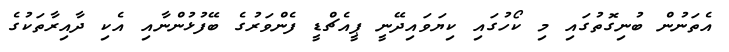
އެތަނުން ބުނިގޮތުގައި މި ކޯހުގައި ކިޔަވައިދޭނީ ޕީއެޗްޑީ ފެންވަރުގެ ބޭފުޅުންނާއި އެކި ދާއިރާތަކުގެ